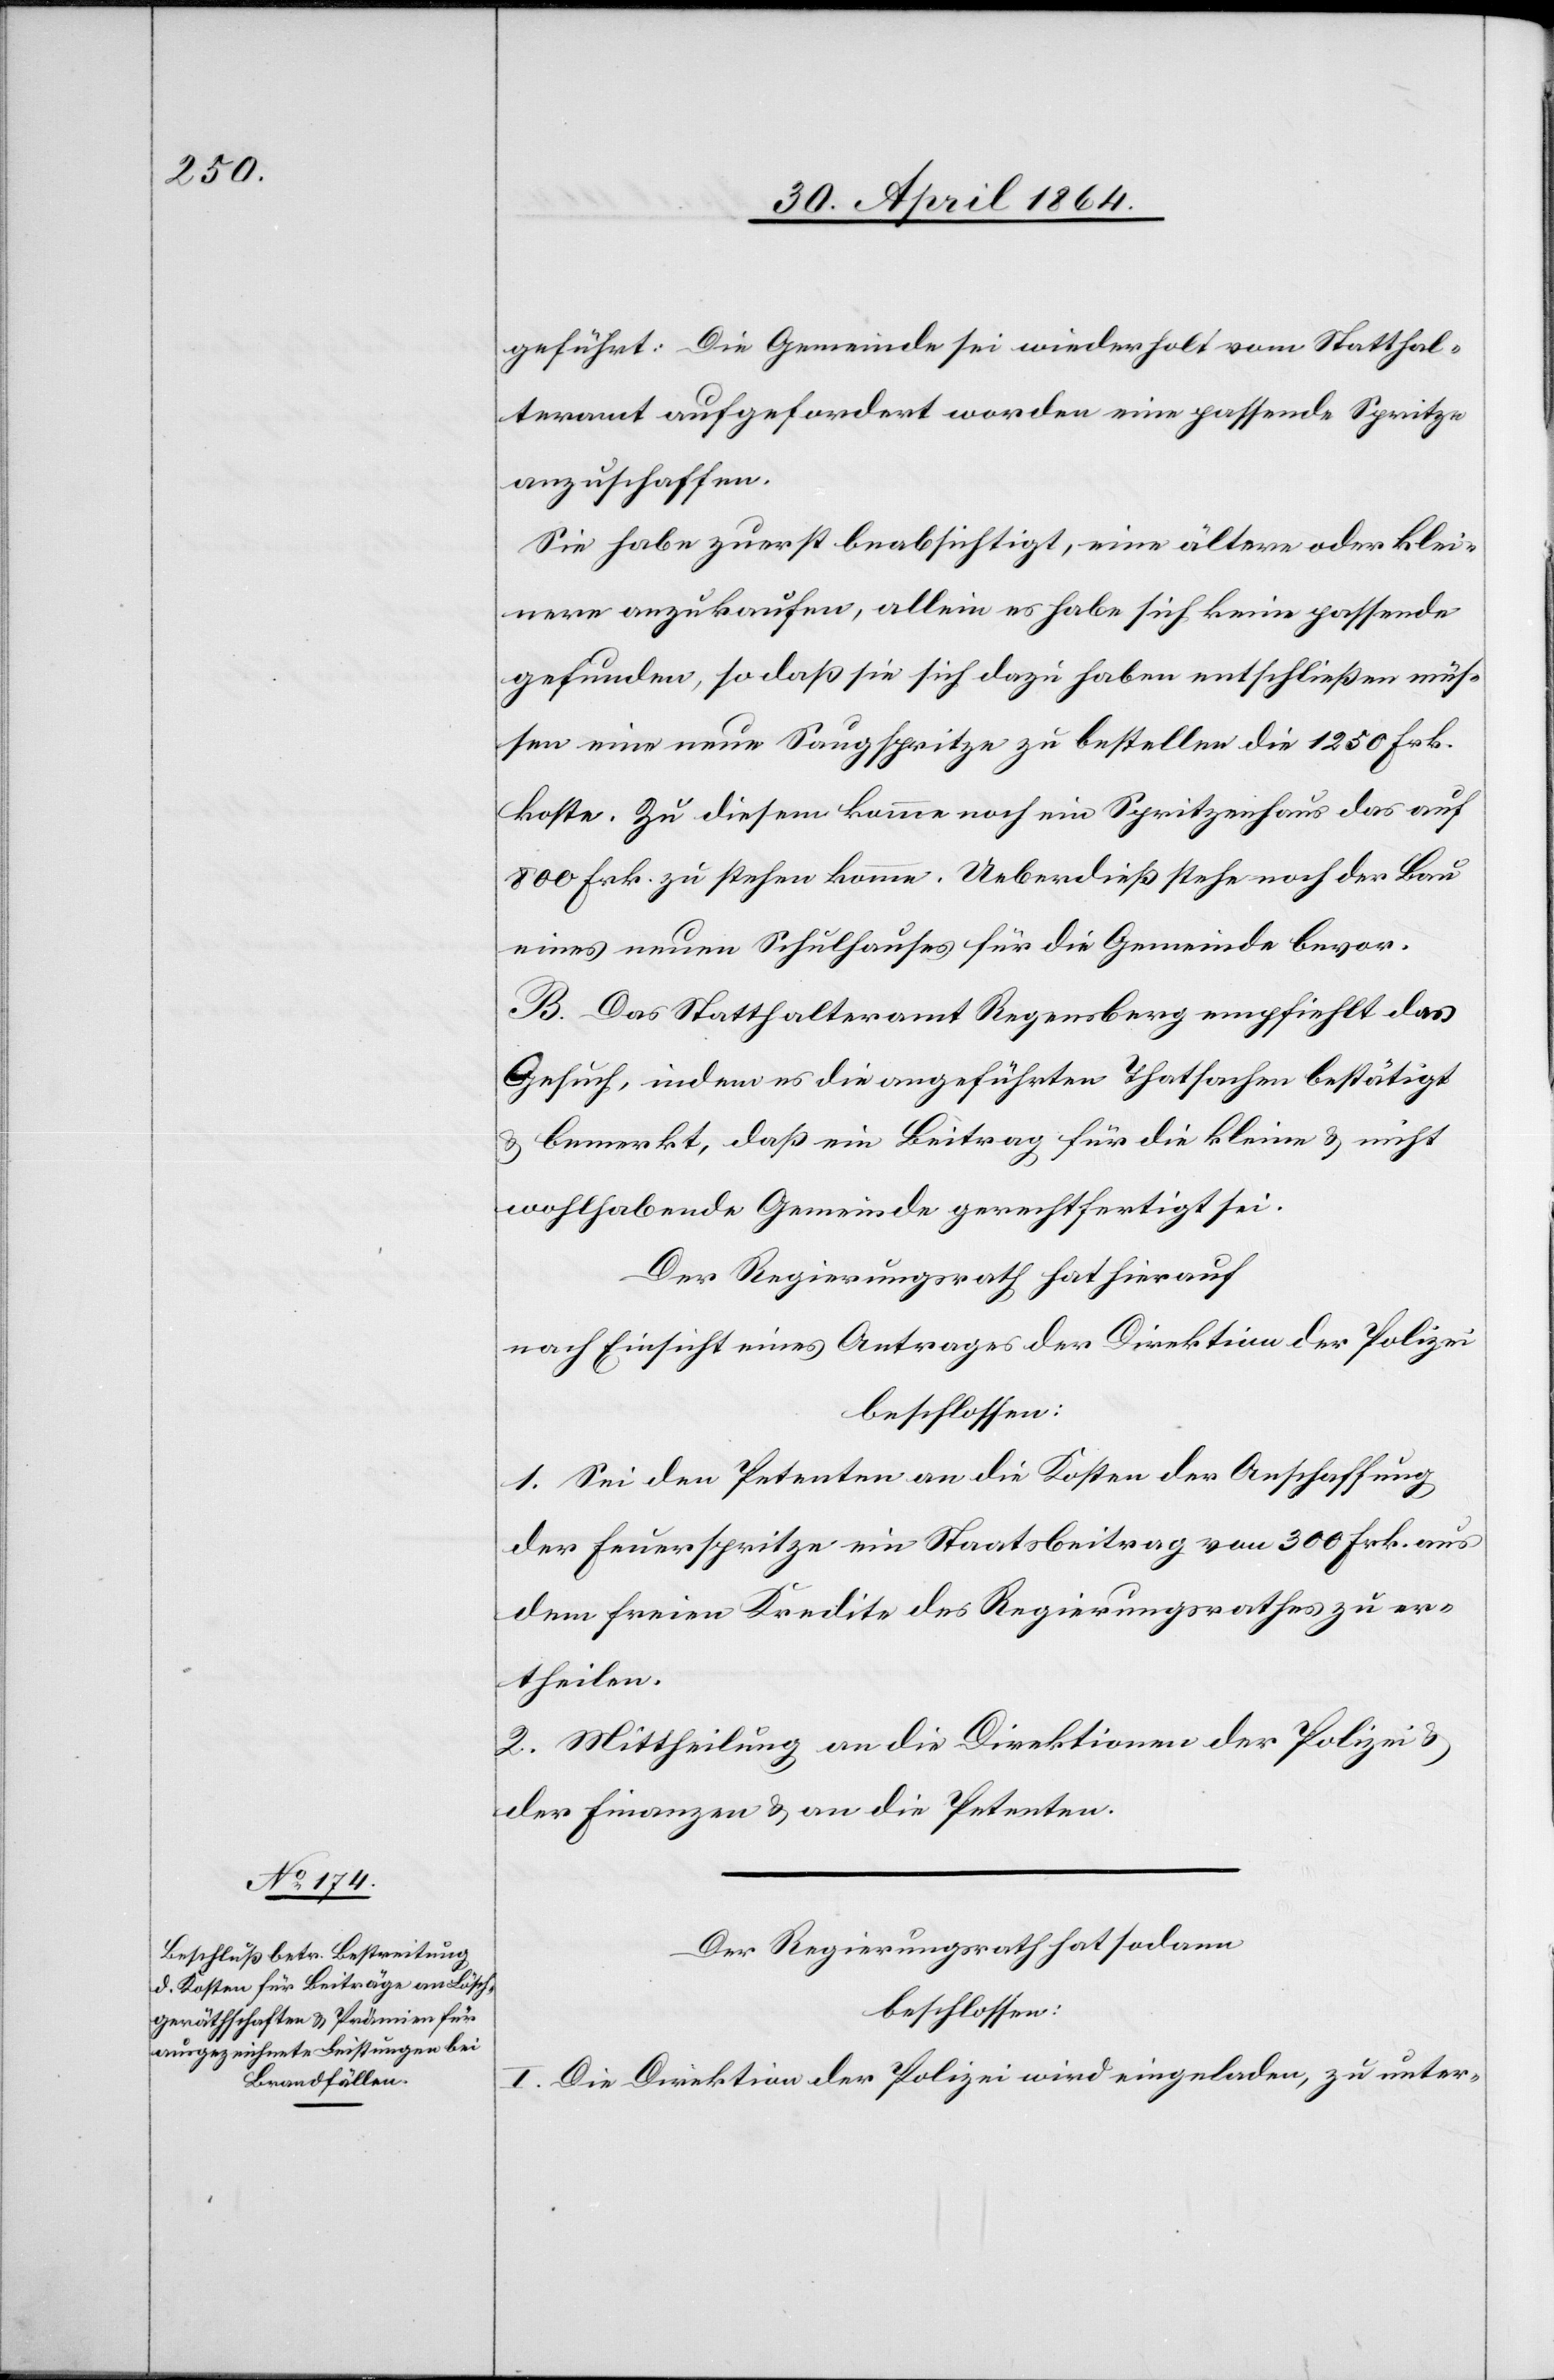
geführt: Die Gemeinde sei wiederholt vom Statthal¬
teramt aufgefordert worden eine passende Spritze
anzuschaffen.
Sie habe zuerst beabsichtigt, eine ältere oder klei¬
nere anzukaufen, allein es habe sich keine passende
gefunden, so daß sie sich dazu haben entschließen müs¬
sen eine neue Saugspritze zu bestellen die 1250 Frk.
koste. Zu diesem komme noch ein Spritzenhaus das auf
800 Frk. zu stehen komme. Ueberdieß stehe noch der Bau
eines neuen Schulhauses für die Gemeinde bevor.
B. Das Statthalteramt Regensberg empfiehlt das
Gesuch, indem es die angeführten Thatsachen bestätigt
u. bemerkt, daß ein Beitrag für die kleine u. nicht
wohlhabende Gemeinde gerechtfertigt sei.
Der Regierungsrath hat hierauf
nach Einsicht eines Antrages der Direktion der Polizei
beschlossen:
1. Sei den Petenten an die Kosten der Anschaffung
der Feuerspritze ein Staatsbeitrag von 300 Frk. aus
dem freien Kredite des Regierungsrathes zu er¬
theilen.
2. Mittheilung an die Direktionen der Polizei u.
der Finanzen u. an die Petenten.
Der Regierungsrath hat sodann
beschlossen:
I. Die Direktion der Polizei wird eingeladen, zu unter-